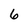
Character: 6